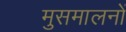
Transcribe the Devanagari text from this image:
मुसमालनों